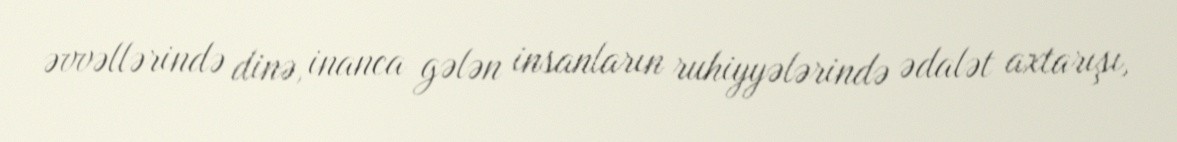
əvvəllərində dinə, inanca gələn insanların ruhiyyələrində ədalət axtarışı,